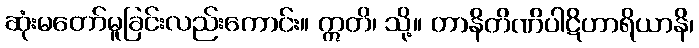
ဆုံးမတော်မူခြင်းလည်းကောင်း။ ဣတိ၊ သို့။ တာနိတိဏိပါဋိဟာရိယာနိ၊